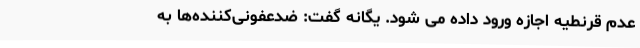
عدم قرنطیه اجازه ورود داده می شود. یگانه گفت: ضدعفونی‌کننده‌ها به